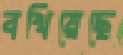
বখিয়েছে